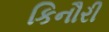
કિનૌરી